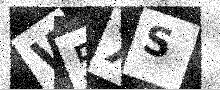
Text: W5XS